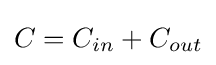
C=C_{in}+C_{out}